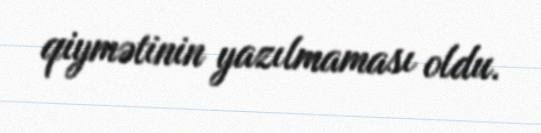
qiymətinin yazılmaması oldu.